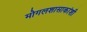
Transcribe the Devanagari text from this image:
मोगलशासाकांशी